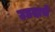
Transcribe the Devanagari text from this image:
उडदाचे